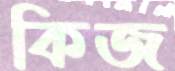
কিজ